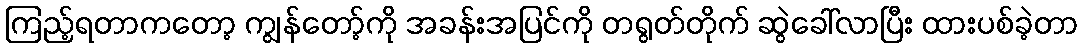
ကြည့်ရတာကတော့ ကျွန်တော့်ကို အခန်းအပြင်ကို တရွတ်တိုက် ဆွဲခေါ်လာပြီး ထားပစ်ခဲ့တာ